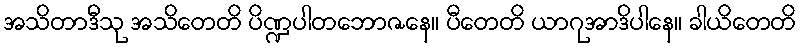
အသိတာဒီသု အသိတေတိ ပိဏ္ဍပါတဘောဇနေ။ ပီတေတိ ယာဂုအာဒိပါနေ။ ခါယိတေတိ